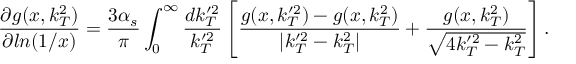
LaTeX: \frac { \partial g ( x , k _ { T } ^ { 2 } ) } { \partial l n ( 1 / x ) } = \frac { 3 \alpha _ { s } } { \pi } \int _ { 0 } ^ { \infty } \frac { d k _ { T } ^ { \prime 2 } } { k _ { T } ^ { \prime 2 } } \left[ \frac { g ( x , k _ { T } ^ { \prime 2 } ) - g ( x , k _ { T } ^ { 2 } ) } { \vert k _ { T } ^ { \prime 2 } - k _ { T } ^ { 2 } \vert } + \frac { g ( x , k _ { T } ^ { 2 } ) } { \sqrt { 4 k _ { T } ^ { \prime 2 } - k _ { T } ^ { 2 } } } \right] .